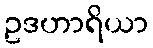
ဥဒဟာရိယာ